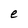
Character: e